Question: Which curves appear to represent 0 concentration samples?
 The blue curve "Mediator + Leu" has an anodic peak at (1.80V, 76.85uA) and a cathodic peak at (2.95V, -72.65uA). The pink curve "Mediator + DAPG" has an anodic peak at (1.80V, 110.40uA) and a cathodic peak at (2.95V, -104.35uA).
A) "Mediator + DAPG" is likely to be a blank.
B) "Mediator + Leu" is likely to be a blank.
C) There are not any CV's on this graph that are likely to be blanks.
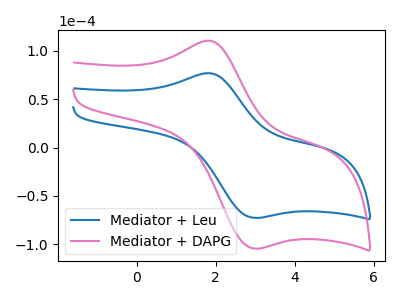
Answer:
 <answer>C) There are not any CV's on this graph that are likely to be blanks.</answer>
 <eval>C</eval>